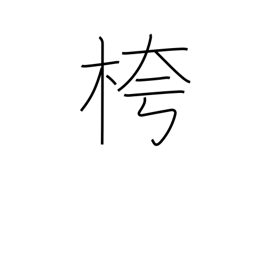
Meaning: empty